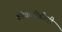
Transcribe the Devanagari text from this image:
कोकणीबोली